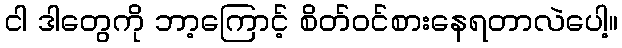
ငါ ဒါတွေကို ဘာ့ကြောင့် စိတ်ဝင်စားနေရတာလဲပေါ့။